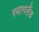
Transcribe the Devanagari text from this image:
रयानलैंड